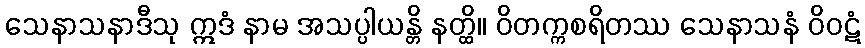
သေနာသနာဒီသု ဣဒံ နာမ အသပ္ပါယန္တိ နတ္ထိ။ ဝိတက္ကစရိတဿ သေနာသနံ ဝိဝဋံ